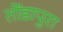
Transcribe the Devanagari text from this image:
तोंडापुरा